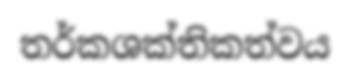
තර්කශක්තිකත්වය